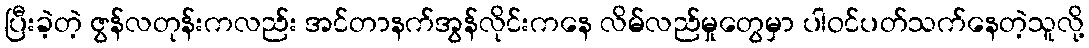
ပြီးခဲ့တဲ့ ဇွန်လတုန်းကလည်း အင်တာနက်အွန်လိုင်းကနေ လိမ်လည်မှုတွေမှာ ပါဝင်ပတ်သက်နေတဲ့သူလို့